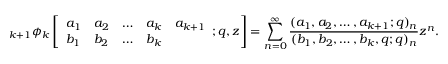
\; _ { k + 1 } \phi _ { k } \left[ { \begin{array} { l l l l l } { a _ { 1 } } & { a _ { 2 } } & { \ldots } & { a _ { k } } & { a _ { k + 1 } } \\ { b _ { 1 } } & { b _ { 2 } } & { \ldots } & { b _ { k } } \end{array} } ; q , z \right] = \sum _ { n = 0 } ^ { \infty } { \frac { ( a _ { 1 } , a _ { 2 } , \ldots , a _ { k + 1 } ; q ) _ { n } } { ( b _ { 1 } , b _ { 2 } , \ldots , b _ { k } , q ; q ) _ { n } } } z ^ { n } .